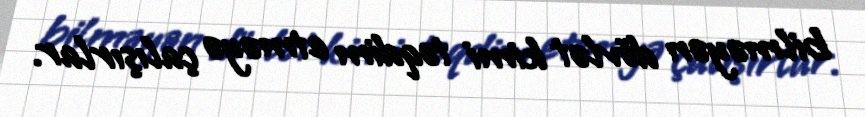
bilməyən dövlət kimi təqdim etməyə çalışırlar.